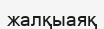
жалқыаяқ